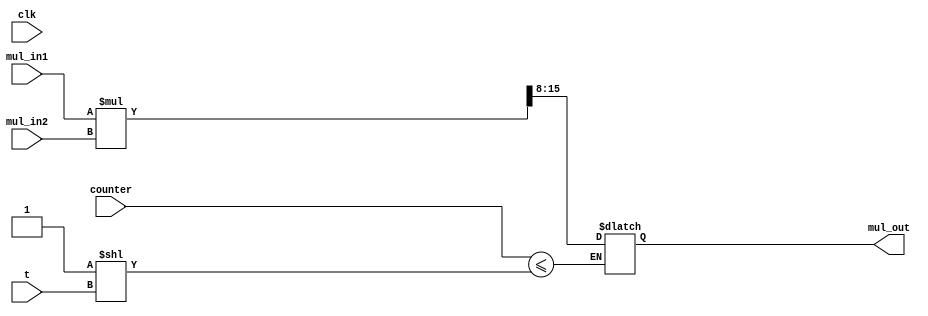
module multiplier(counter,t,clk,mul_in1,mul_in2,mul_out);
parameter n=8;
input clk;
input [n-1:0] counter,t;
input [n-1:0] mul_in1;
input [n-1:0] mul_in2;
output reg [n-1:0] mul_out;  // multiplier output is truncated from 2n bits to n bits
reg [2*n-1:0] temp;
//assign mul_out=[2*n-1:n] temp;

always@*
begin
	if(counter<=(1<<t))
	begin
		temp=mul_in1*mul_in2;
		mul_out=temp>>n;
	end
end


endmodule